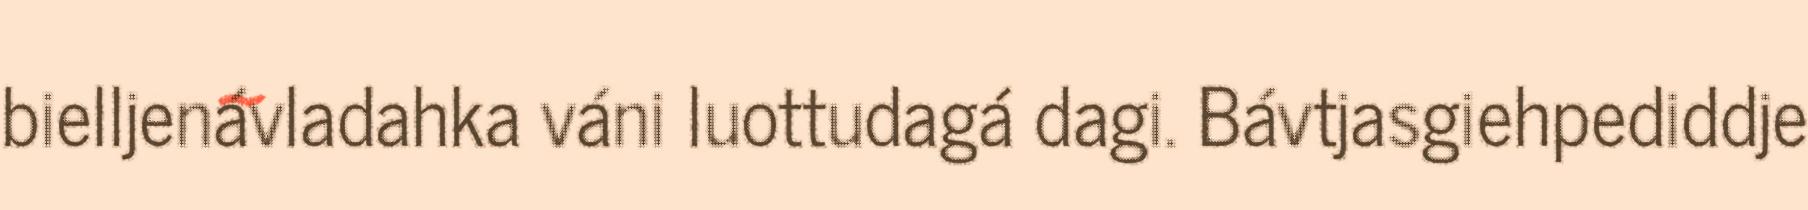
bielljenávladahka váni luottudagá dagi. Bávtjasgiehpediddje